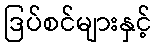
ဒြပ်စင်များနှင့်